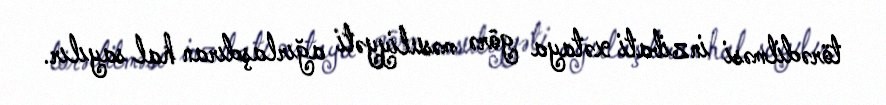
törədilməsi inzibati xətaya görə məsuliyyəti ağırlaşdıran hal sayılır.